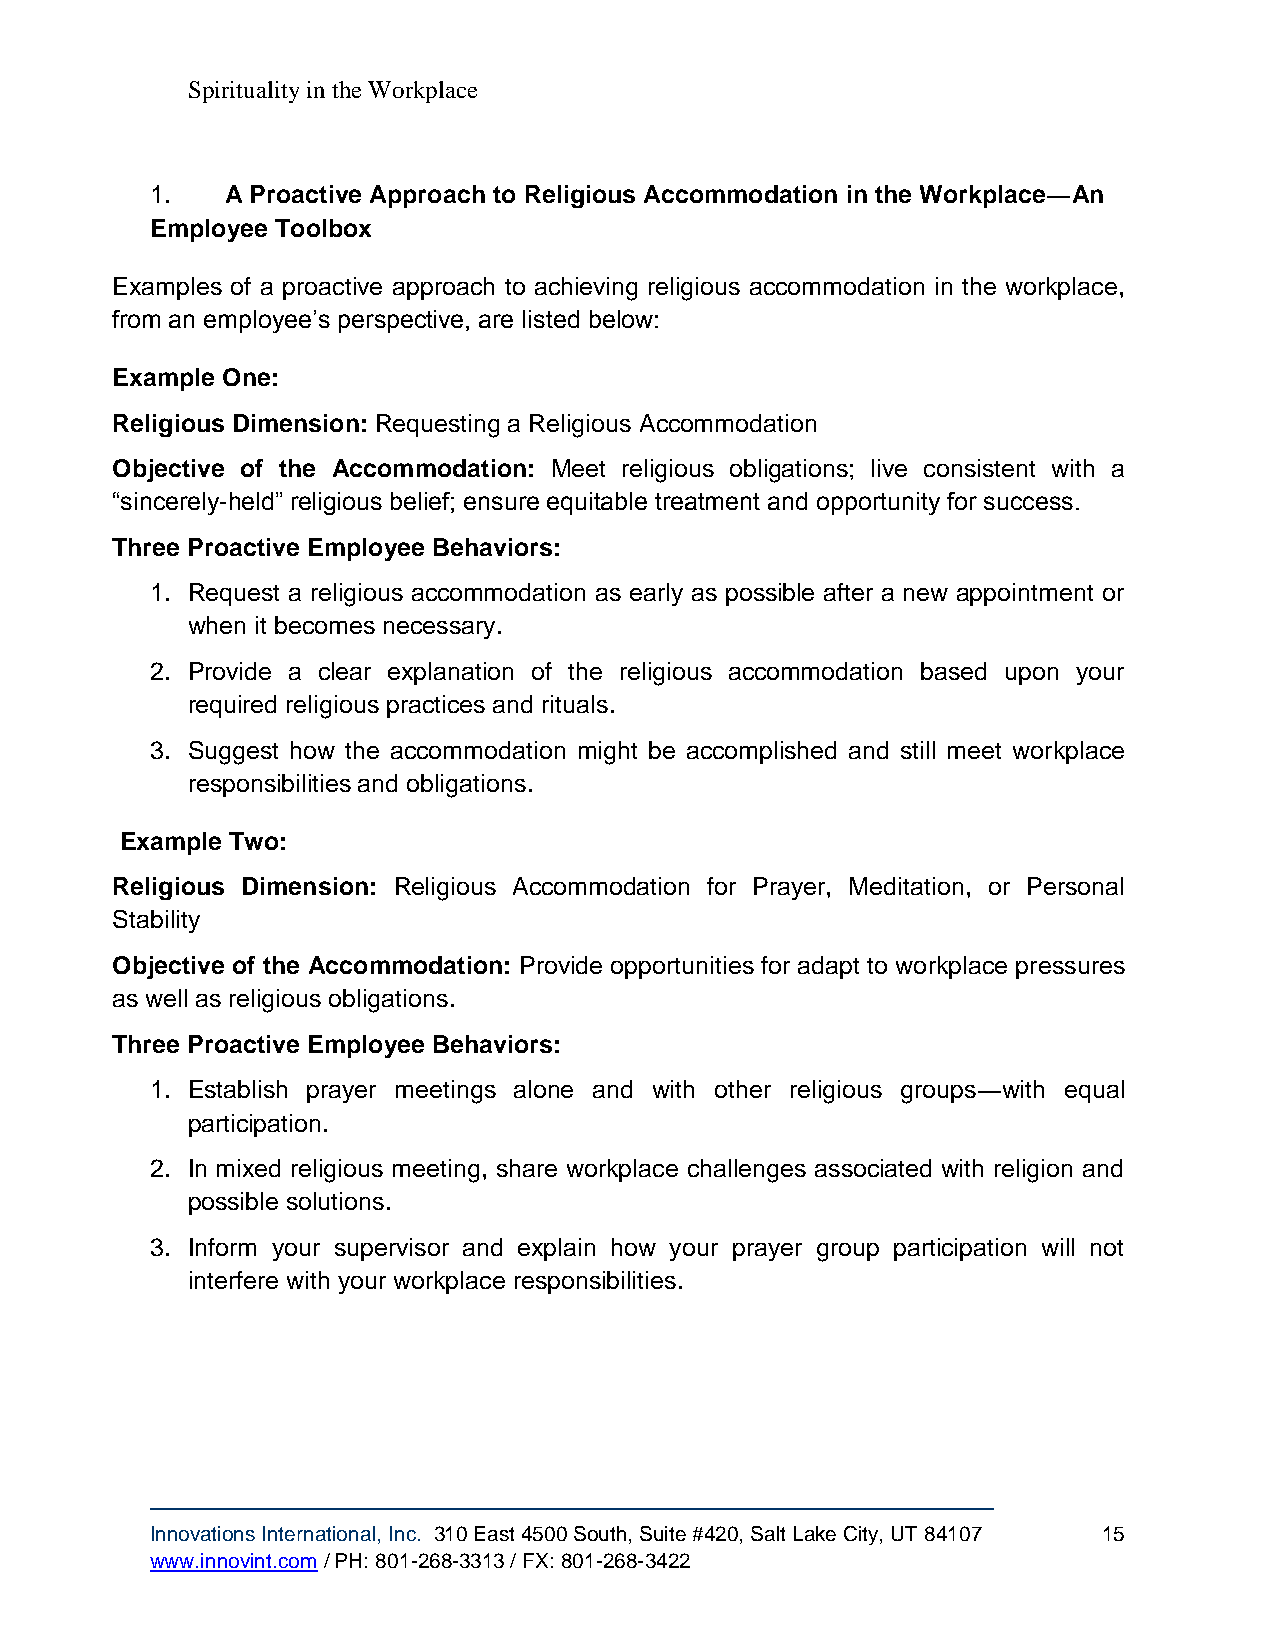
Spirituality in the Workplace
 1.   A Proactive Approach to Religious Accommodation in the Workplace―An
 Employee Toolbox
 Examples of a proactive approach to achieving religious accommodation in the workplace,
 from an employee’s perspective, are listed below:
 Example One:
 Religious Dimension: Requesting a Religious Accommodation
 Objective of the Accommodation: Meet religious obligations; live consistent with a
 “sincerely-held” religious belief; ensure equitable treatment and opportunity for success.
 Three Proactive Employee Behaviors:
 1. Request a religious accommodation as early as possible after a new appointment or
 when it becomes necessary.
 2. Provide a clear explanation of the religious accommodation based upon your
 required religious practices and rituals.
 3. Suggest how the accommodation might be accomplished and still meet workplace
 responsibilities and obligations.
 Example Two:
 Religious Dimension: Religious Accommodation for Prayer, Meditation, or Personal
 Stability
 Objective of the Accommodation: Provide opportunities for adapt to workplace pressures
 as well as religious obligations.
 Three Proactive Employee Behaviors:
 1. Establish prayer meetings alone and with other religious groups―with equal
 participation.
 2. In mixed religious meeting, share workplace challenges associated with religion and
 possible solutions.
 3. Inform your supervisor and explain how your prayer group participation will not
 interfere with your workplace responsibilities.
 Innovations International, Inc. 310 East 4500 South, Suite #420, Salt Lake City, UT 84107 15
 www.innovint.com / PH: 801-268-3313 / FX: 801-268-3422